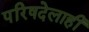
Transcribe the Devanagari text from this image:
परिषदेलाही